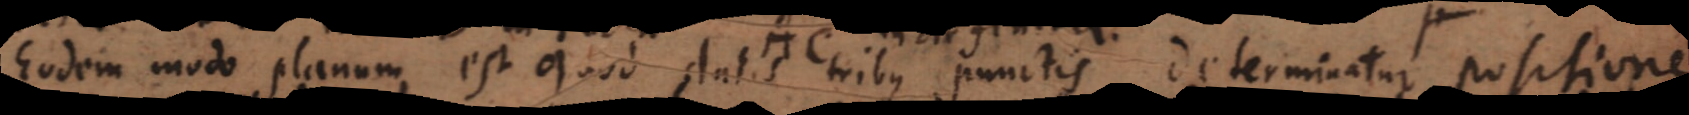
Eodem modo planum est quod datis tribus punctis determinatur positione